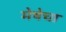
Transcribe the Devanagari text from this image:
मेषेचा